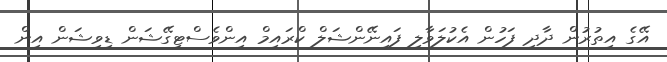
އޭގެ އިތުރުން ދާދި ފަހުން އެކުލަވާލި ފައިނޭންޝަލް ކްރައިމް އިންވެސްޓިގޭޝަން ޑިވިޝަން އިން